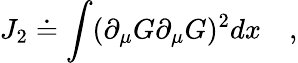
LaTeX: J_{2}\doteq\int(\partial_{\mu}G\partial_{\mu}G)^{2}dx\quad,